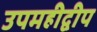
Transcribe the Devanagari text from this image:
उपमहीद्वीप